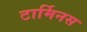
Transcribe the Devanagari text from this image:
टार्मिनस